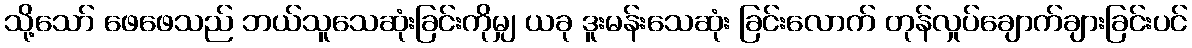
သို့သော် ဖေဖေသည် ဘယ်သူသေဆုံးခြင်းကိုမျှ ယခု ဒူးမန်းသေဆုံး ခြင်းလောက် တုန်လှုပ်ချောက်ချားခြင်းပင်